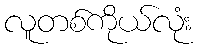
လူတစ်ကိုယ်လုံး